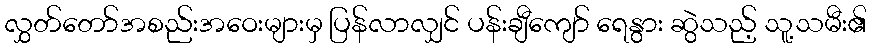
လွှတ်တော်အစည်းအဝေးများမှ ပြန်လာလျှင် ပန်းချီကျော် ရေနွား ဆွဲသည့် သူ့သမီး၏